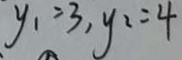
y _ { 1 } = 3 , y _ { 1 } = 4